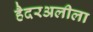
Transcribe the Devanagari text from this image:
हैदरअलीला